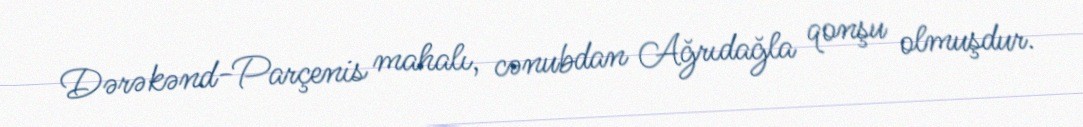
Dərəkənd-Parçenis mahalı, cənubdan Ağrıdağla qonşu olmuşdur.